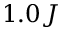
1 . 0 J